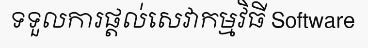
ទទួលការផ្តល់សេវាកម្មវិធី Software